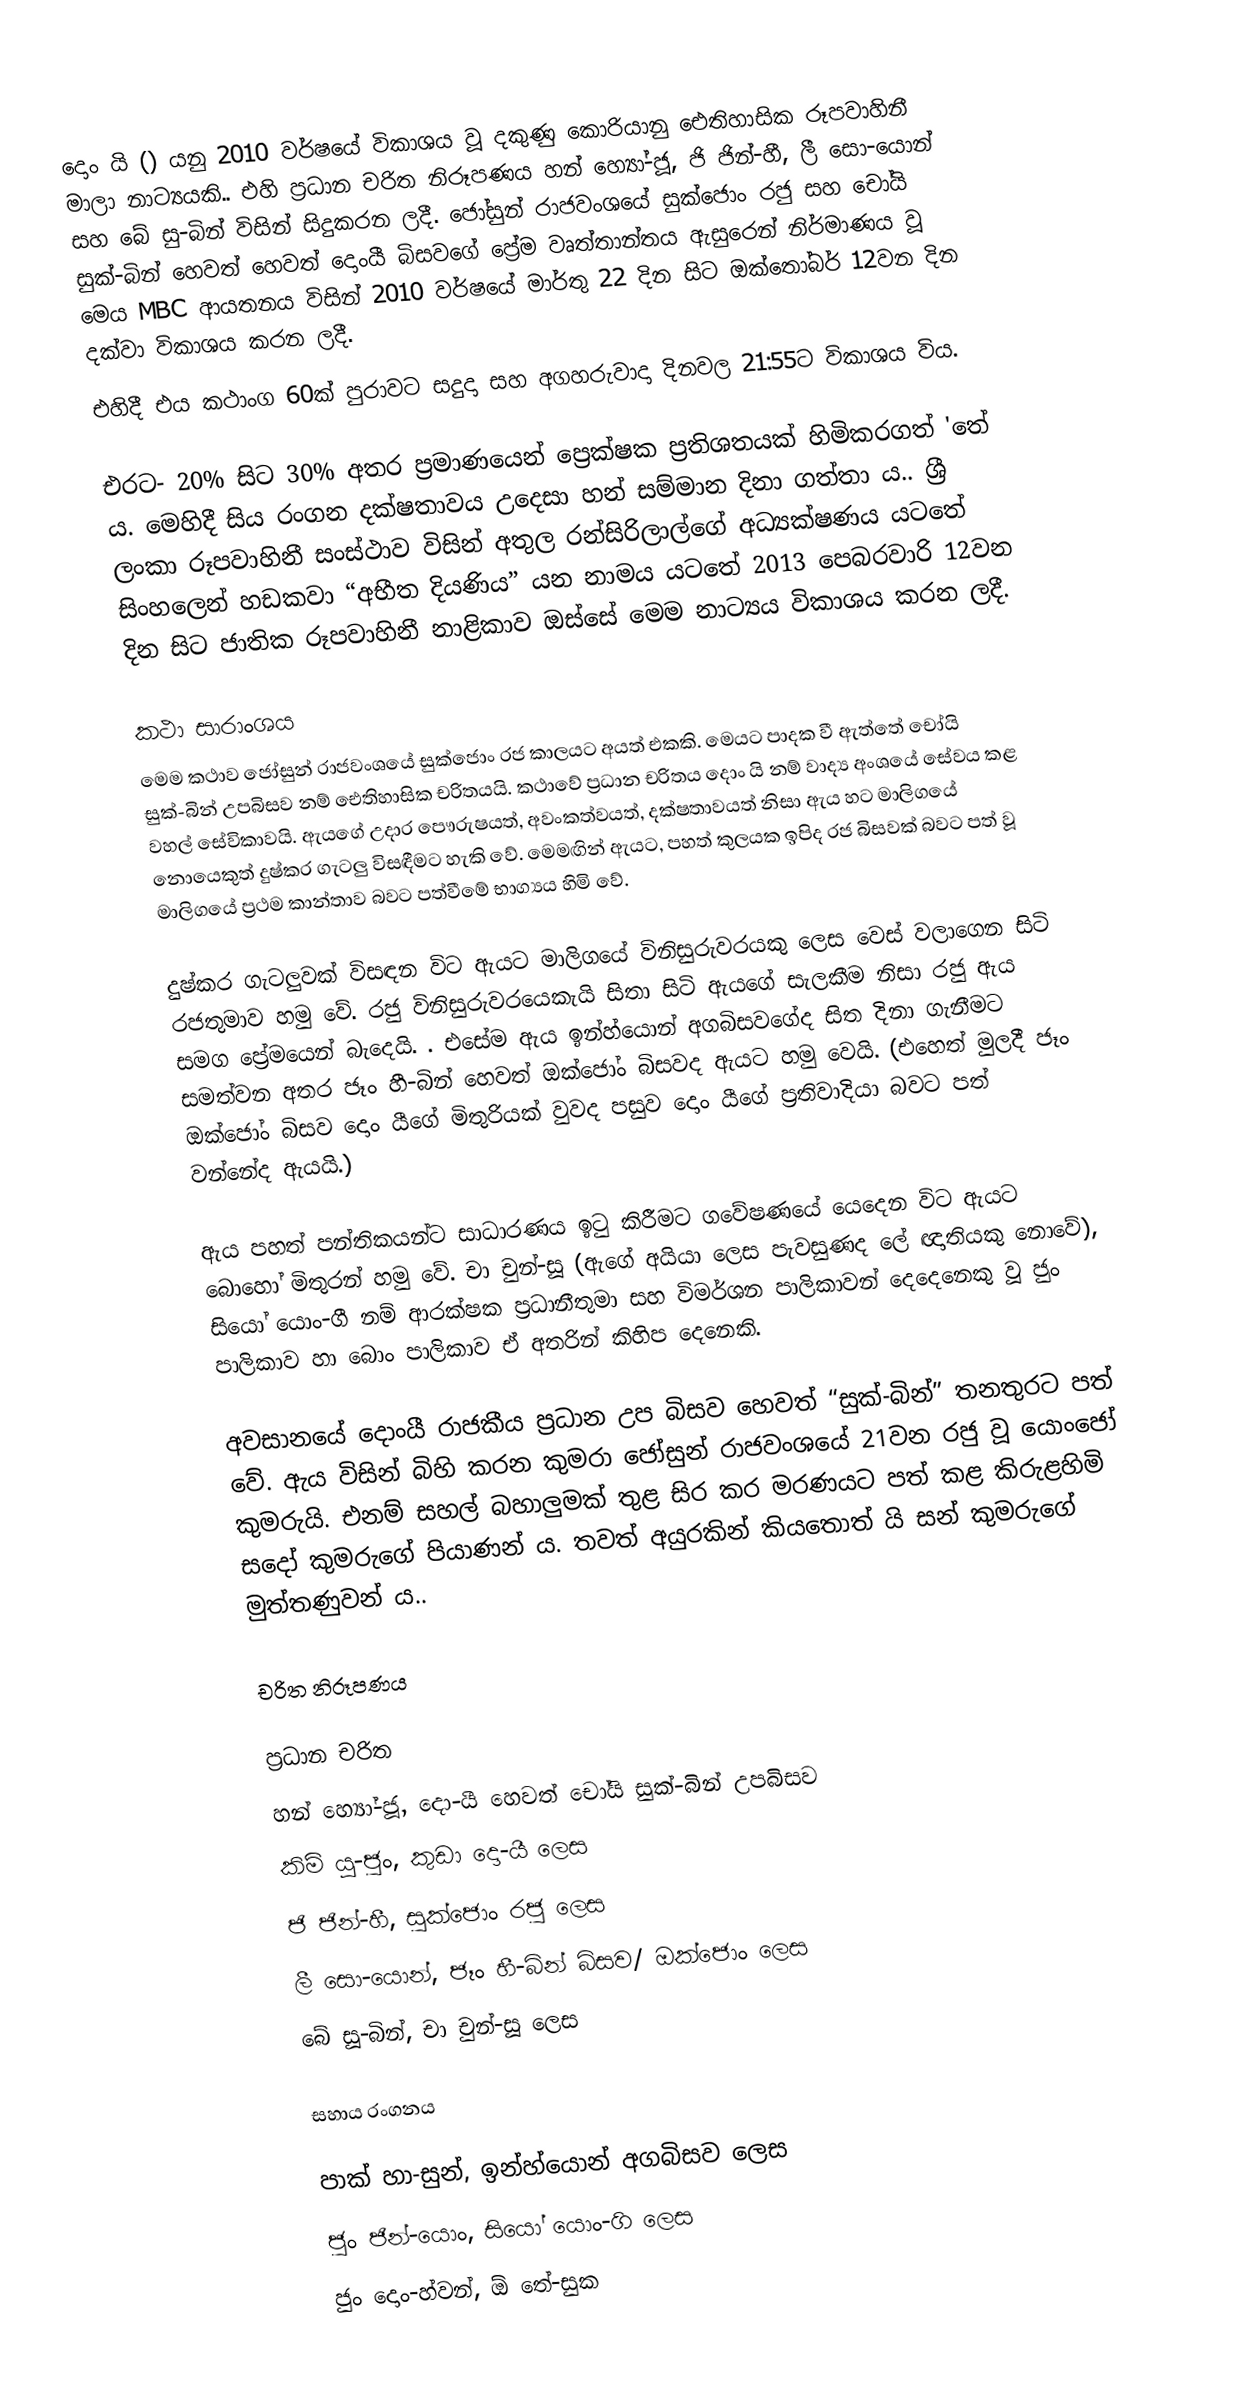
දොං යි () යනු 2010 වර්ෂයේ විකාශය වූ දකුණු කොරියානු ‍ඓතිහාසික රූපවාහිනී මාලා නාට්‍යයකි.. එහි ප්‍රධාන චරිත නිරූපණය හන් හ්‍යෝ-ජූ, ජි ජින්-හී, ලී සො-යොන් සහ බේ සු-බින් විසින් සිදුකරන ලදී. ජෝසුන් රාජවංශයේ සුක්ජොං රජු සහ  චෝයි සුක්-බින් හෙවත් හෙවත් දොංයී බිසවගේ ප්‍රේම වෘත්තාන්තය ඇසුරෙන් නිර්මාණය වූ  මෙය  MBC ආයතනය විසින් 2010 වර්ෂයේ මාර්තු 22 දින සිට ඔක්තෝබර් 12වන දින දක්වා විකාශය කරන ලදී.
එහිදී එය කථාංග 60ක් පුරාවට සදුදා සහ අගහරුවාදා දිනවල 21:55ට විකාශය විය.

එරට-  20% සිට 30% අතර ප්‍රමාණයෙන් ප්‍රෙක්ෂක ප්‍රතිශතයක් හිමිකරගත් 'තේ ය. මෙහිදී සිය රංගන දක්ෂතාවය උදෙසා හන් සම්මාන දිනා ගත්තා ය.. ශ්‍රී ලංකා රූපවාහිනී සංස්ථාව විසින් අතුල රන්සිරිලාල්ගේ  අධ්‍යක්ෂණය  යටතේ  සිංහලෙන් හඩකවා “අභීත දියණිය” යන නාමය යටතේ 2013 පෙබරවාරි 12වන දින සිට ජාතික රූපවාහිනී නාළිකාව ඔස්සේ  මෙම නාට්‍යය විකාශය කරන ලදී.

කථා සාරාංශය
මෙම කථාව ජෝසුන් රාජවංශයේ  සුක්ජොං රජ කාලයට අයත් එකකි. මෙයට පාදක වී ඇත්තේ චෝයි සුක්-බින් උපබිසව නම් ඓතිහාසික චරිතයයි. කථාවේ ප්‍රධාන චරිතය දොං යි නම් වාද්‍ය අංශයේ සේවය කළ වහල් සේවිකාවයි. ඇයගේ උදාර පෞරුෂයත්, අවංකත්වයත්, දක්ෂතාවයත් නිසා ඇය හට මාලිගයේ නොයෙකුත් දුෂ්කර ගැටලු විසඳීමට හැකි වේ.  මෙමඟින් ඇයට, පහත් කුලයක ඉපිද රජ බිසවක් බවට පත් වූ මාලිගයේ ප්‍රථම කාන්තාව බවට පත්වීමේ භාග්‍යය හිමි වේ.

දුෂ්කර ගැටලුවක් විසඳන විට ඇයට මාලිගයේ විනිසුරුවරයකු ලෙස වෙස් වලාගෙන සිටි රජතුමාව හමු වේ. රජු විනිසුරුවරයෙකැයි සිතා සිටි ඇයගේ සැලකීම නිසා රජු ඇය සමග ප්‍රේමයෙන් බැ‍‍‍‍දෙයි. . එසේම ඇය ඉන්හ්යොන් අගබිසවගේද සිත දිනා ගැනීමට සමත්වන අතර ජෑං හී-බින් හෙවත් ඔක්ජෝං බිසවද ඇයට හමු වෙයි. (එහෙත් මුලදී ජෑං ඔක්ජෝං බිසව දොං යීගේ මිතුරියක් වුවද පසුව දොං යීගේ ප්‍රතිවාදියා බවට පත් වන්නේද ඇයයි.)

ඇය පහත් පන්තිකයන්ට සාධාරණය ඉටු කිරීමට ගවේෂණයේ යෙදෙන විට ඇයට බොහෝ මිතුරන් හමු වේ. චා චුන්-සූ (ඇගේ අයියා ලෙස පැවසුණද ලේ ඥාතියකු නොවේ), සියෝ යොං-ගී නම් ආරක්ෂක ප්‍රධානීතුමා සහ විමර්ශන පාලිකාවන් දෙදෙනෙකු වූ ජුං පාලිකාව හා බොං පාලිකාව ඒ අතරින් කිහිප දෙනෙකි.

අවසානයේ දොංයී  රාජකීය ප්‍රධාන උප බිසව හෙවත් “සුක්-බින්” තනතුරට පත් වේ. ඇය විසින් බිහි කරන කුමරා ජෝසුන් රාජවංශයේ 21වන රජු වූ යොංජෝ කුමරුයි. එනම් සහල් බහාලුමක් තුළ සිර කර මරණයට පත් කළ කිරුළහිමි  සදෝ  කුමරුගේ පියාණන් ය.  තවත් අයුරකින් කියතොත් යි සන් කුමරුගේ මුත්තණුවන් ය..

චරිත නිරූපණය

ප්‍රධාන චරිත
හන් හ්‍යෝ-ජූ, දො-යී හෙවත් චෝයි සුක්-බින් උපබිසව
කිම් යූ-ජුං, කුඩා දො-යී ලෙස
ජි ජින්-හී, සුක්ජොං රජු ලෙස
ලී සො-යොන්, ජෑං හී-බින් බිසව/ ඔක්ජොං  ලෙස
‍බේ සූ-බින්, චා චුන්-සූ ලෙස

සහාය රංගනය

පාක් හා-සුන්, ඉන්හ්යොන් අගබිසව ලෙස
ජුං ජින්-යොං, සියෝ යොං-ගි ලෙස
ජුං දොං-හ්වන්, ඕ තේ-සුක